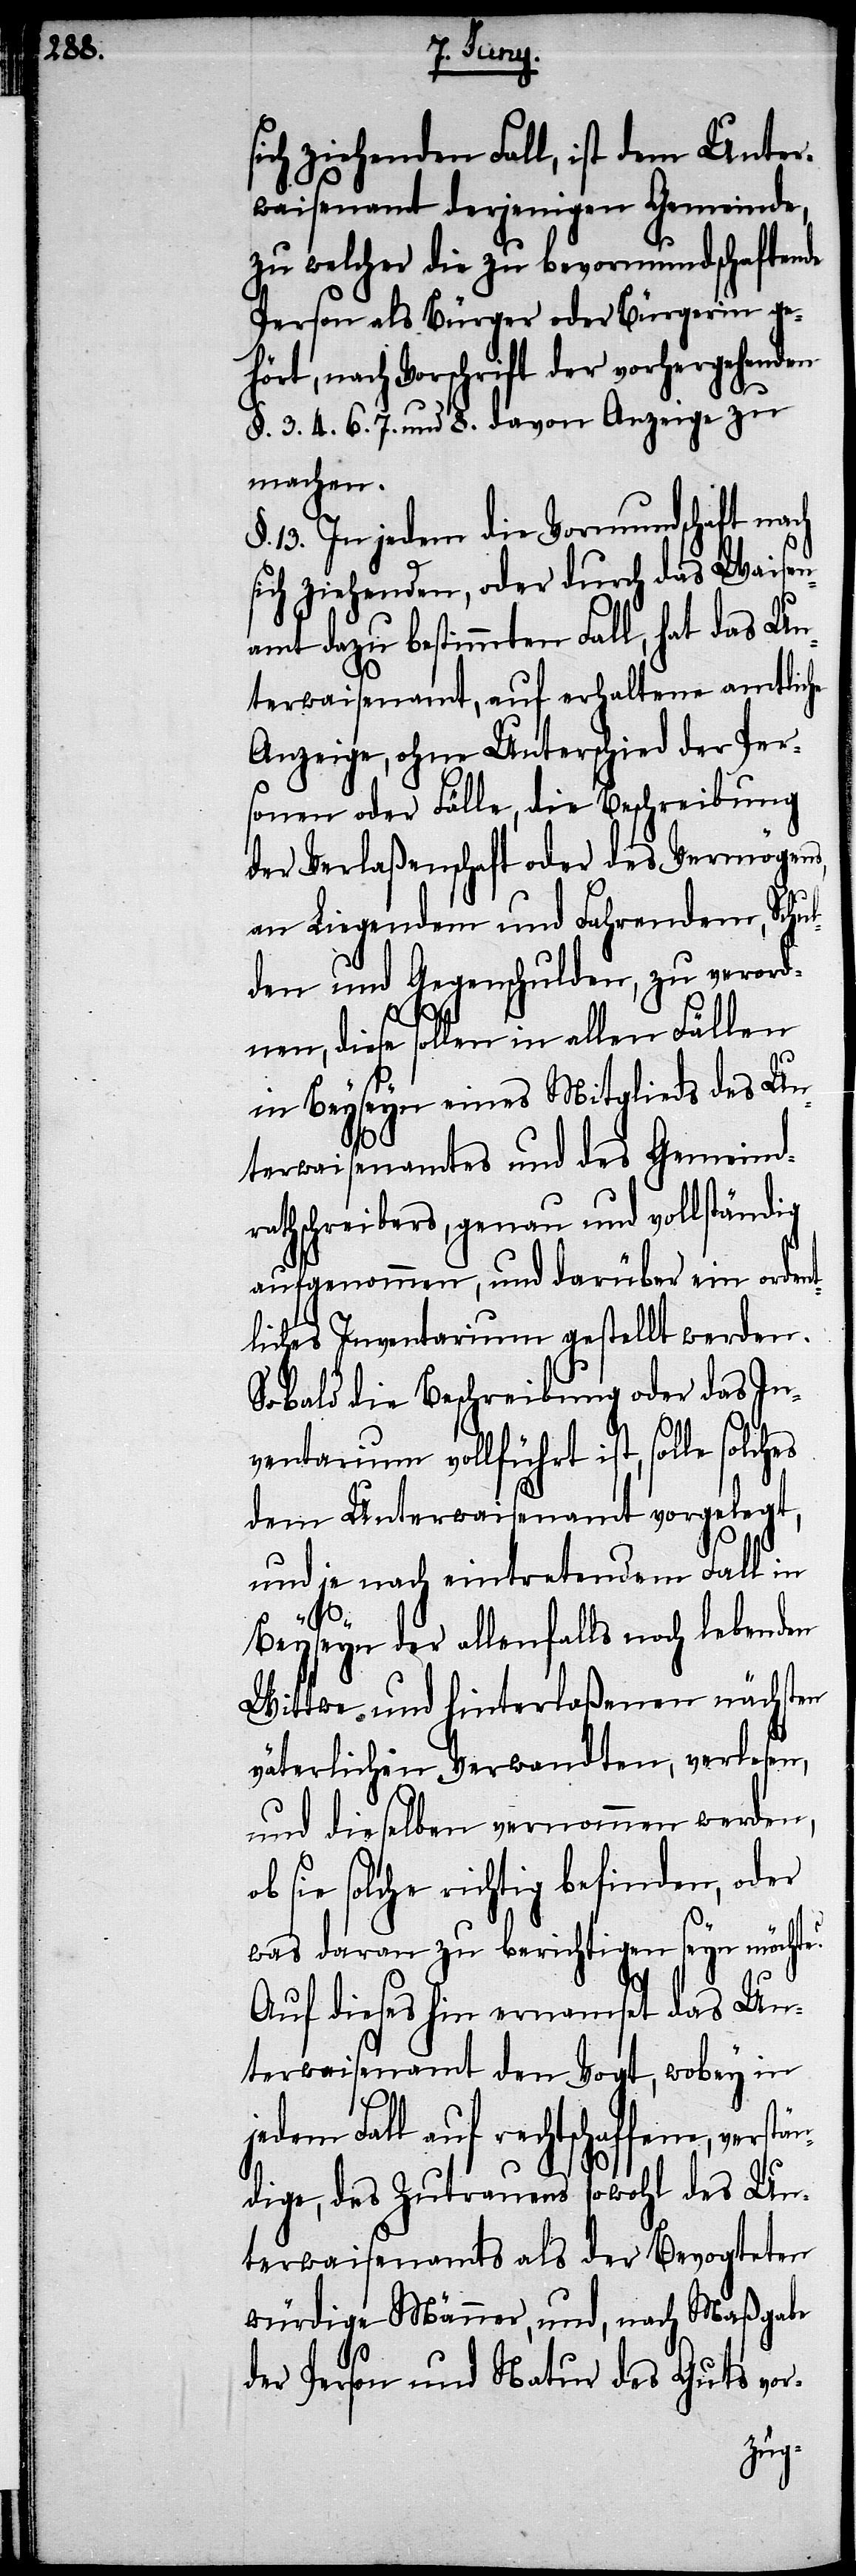
sich ziehenden Fall, ist dem Unter¬
waisenamt derjenigen Gemeinde,
zu welcher die zu bevormundschaftende
Person als Bürger oder Bürgerin ge¬
hört, nach Vorschrift der vorhergehenden
§. 3. 4. 6. 7. und 8. davon Anzeige zu
machen.
13. In jedem die Vormundschaft nach
sich ziehenden, oder durch das Waisen¬
amt dazu bestimmten Fall, hat das Un¬
terwaisenamt, auf erhaltene amtliche
Anzeige, ohne Unterschied der Per¬
sonen oder Fälle, die Beschreibung
der Verlaßenschaft oder des Vermögens
an Liegendem oder Fahrendem, Schu¬
lden und Gegenschulden, zu verord¬
verstä¬
nen, diese sollen in allen Fällen
in Beyseyn eines Mitglieds des Un¬
terwaisenamtes und des Gemeind¬
rathschreibers, genau und vollständig
aufgenommen, und darüber ein orden¬
tliches Inventarium gestellt werden.
Sobald die Beschreibung oder das In¬
ventarium vollführt ist, solle solches
dem Unterwaisenamt vorgelegt,
und je nach eintretendem Fall in
Beyseyn der allenfalls noch lebenden
Wittwe oder hinterlaßenen nächsten
väterlichen Verwandten, verlesen,
und dieselben vernommen werden,
sie solche richtig befinden, oder
was daran zu berichtigen seyn möchte?
Auf dieses hin ernamset das Un¬
terwaisenamt den Vogt, wobey in
jedem Fall auf rechtschaffene,
ndige, des Zutrauens sowohl des Un¬
terwaisenamts als der Bevogteten
würdige Männer, und, nach Maßgabe
der Person und Natur des Guts vor-